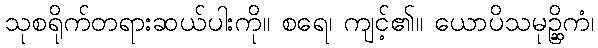
သုစရိုက်တရားဆယ်ပါးကို။ စရေ၊ ကျင့်၏။ ယောပိသမုဉ္ဆိကံ၊